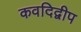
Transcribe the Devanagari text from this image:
कवदिद्वीप